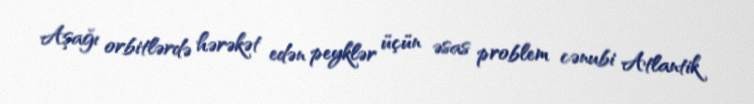
Aşağı orbitlərdə hərəkət edən peyklər üçün əsas problem cənubi Atlantik